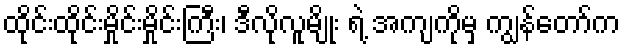
ထိုင်းထိုင်းမှိုင်းမှိုင်းကြီး၊ ဒီလိုလူမျိုး ရဲ့ အကျကိုမှ ကျွန်တော်က